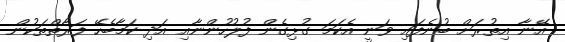
އޭނާ އިތުރަށް ބުނެފައި ވަނީ އެކަމަ ގުޅިގެން ފުލުހުންނާއި އަދި ކަމާބެހޭ ފަރާތްތަކުން